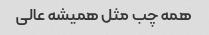
همه چب مثل همیشه عالی